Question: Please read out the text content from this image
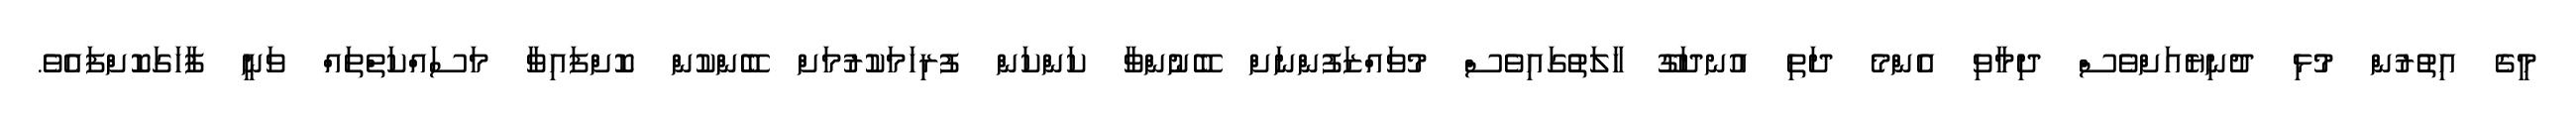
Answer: މީގެ އިތުރުން މުޅި ދުނިޔެއަށްވެސް ދިމާވި އެންމެ ދަތި އުނދަގޫ ހާލަތުގައިވެސް މުވައްޒަފުންނަށް ބޭނުންވާ ކަންކަން ފުރިހަމަކުރުމަށް ބޭންކުން ކޮށްފައިވާ މަސައްކަތްތައް ވަނީ ފާހަގަކޮށްފައެވެ.